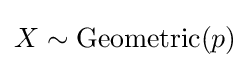
X\sim \mathrm {Geometric} (p)